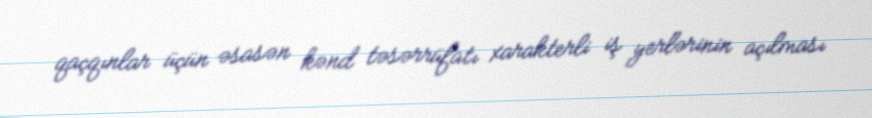
qaçqınlar üçün əsasən kənd təsərrüfatı xarakterli iş yerlərinin açılması